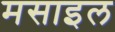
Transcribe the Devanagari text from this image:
मसाइल